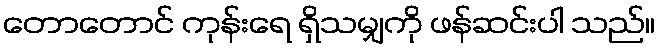
တောတောင် ကုန်းရေ ရှိသမျှကို ဖန်ဆင်းပါ သည်။